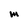
Character: M